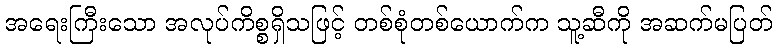
အရေးကြီးသော အလုပ်ကိစ္စရှိသဖြင့် တစ်စုံတစ်ယောက်က သူ့ဆီကို အဆက်မပြတ်